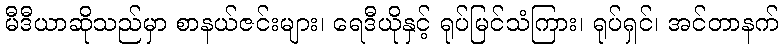
မီဒီယာဆိုသည်မှာ စာနယ်ဇင်းများ၊ ရေဒီယိုနှင့် ရုပ်မြင်သံကြား၊ ရုပ်ရှင်၊ အင်တာနက်